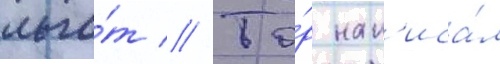
льго́т // То́р нап'иса́л